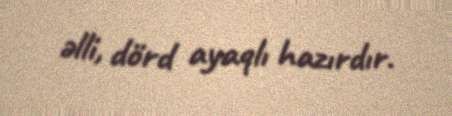
əlli, dörd ayaqlı hazırdır.